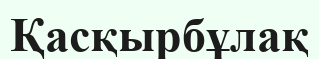
Қасқырбұлақ